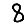
Digit: 8